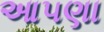
આ૫ણા